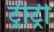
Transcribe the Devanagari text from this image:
ट्रीट्री